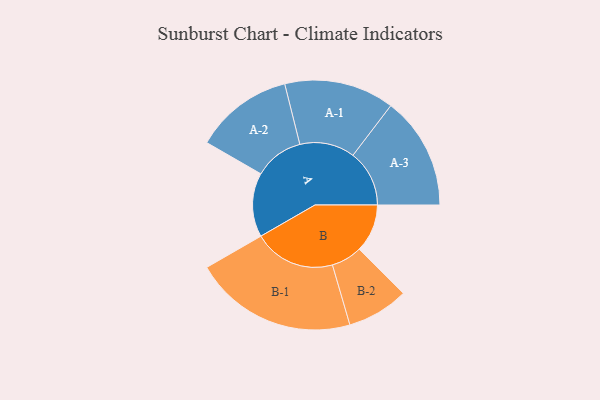
{"axis": {"x": "Segment", "y": "Value"}, "legend": ["", "A", "B"], "data": [{"x": "A", "y": 233, "type": ""}, {"x": "B", "y": 175, "type": ""}, {"x": "A-1", "y": 200, "type": "A"}, {"x": "A-2", "y": 179, "type": "A"}, {"x": "A-3", "y": 205, "type": "A"}, {"x": "B-1", "y": 297, "type": "B"}, {"x": "B-2", "y": 112, "type": "B"}]}